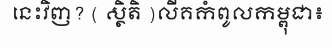
នេះវិញ? ( ស្ថិតិ )លីគកំពូលកម្ពុជា៖